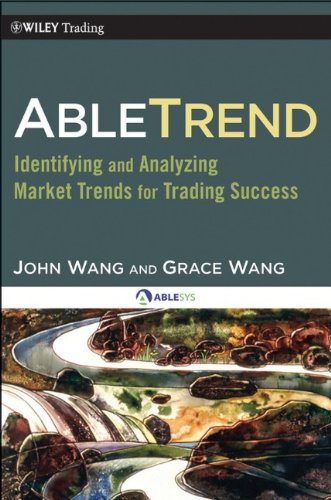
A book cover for AbleTrend: Identifying and Analyzing Market Trends for Trading Success; John Wang; Computers & Technology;